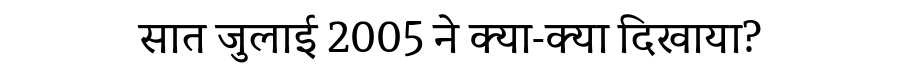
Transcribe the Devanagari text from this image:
सात जुलाई 2005 ने क्या-क्या दिखाया?